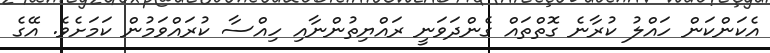
އެކަންކަން ހައްލު ކުރާނެ ގޮތްތައް ގެންދަވަނީ ރައްޔިތުންނާއި ހިއްސާ ކުރައްވަމުން ކަމަށެވެ. އޭގެ